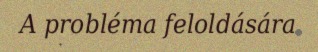
A probléma feloldására